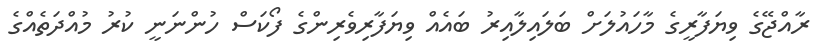
ރާއްޖޭގެ ވިޔަފާރީގެ މާހައުލަށް ބަލައިލާއިރު ބައެއް ވިޔަފާރިވެރިންގެ ފޯކަސް ހުންނަނީ ކުރު މުއްދަތެއްގެ